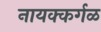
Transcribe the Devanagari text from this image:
नायक्कर्गळ